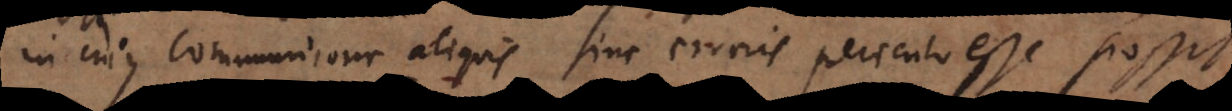
in cujus communione aliquis sine erroris periculo esse possit.